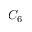
C _ { 6 }